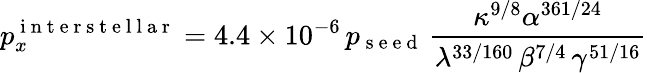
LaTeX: p_{x}^{\mathrm{~i~n~t~e~r~s~t~e~l~l~a~r~}}=4.4\times 10^{-6}\, p_{\mathrm{~s~e~e~d~}}\, \frac{\kappa^{9/8}\alpha^{361/24}}{\lambda^{33/160}\, \beta^{7/4}\, \gamma^{51/16}}